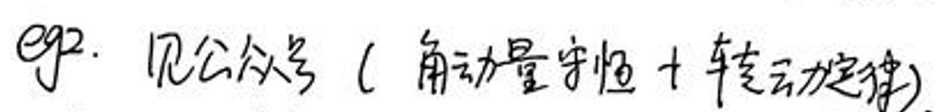
\(eg2.\) 见公式 \( (\)角动量守恒 \(+\) 转动定律\()\)